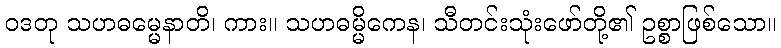
ဝဒတု သဟဓမ္မေနာတိ၊ ကား။ သဟဓမ္မိကေန၊ သီတင်းသုံးဖော်တို့၏ ဥစ္စာဖြစ်သော။